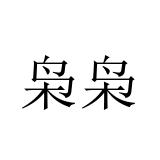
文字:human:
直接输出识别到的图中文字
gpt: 枭枭